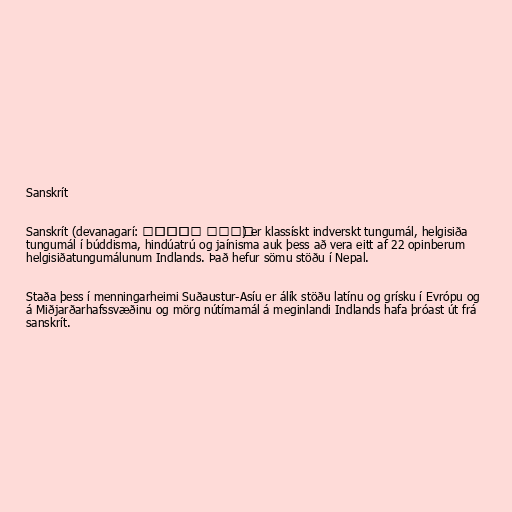
Sanskrít

Sanskrít (devanagarí: संस्कृता वाक्) er klassískt indverskt tungumál, helgisiða
tungumál í búddisma, hindúatrú og jaínisma auk þess að vera eitt af 22 opinberum
helgisiðatungumálunum Indlands. Það hefur sömu stöðu í Nepal.

Staða þess í menningarheimi Suðaustur-Asíu er álík stöðu latínu og grísku í Evrópu og
á Miðjarðarhafssvæðinu og mörg nútímamál á meginlandi Indlands hafa þróast út frá
sanskrít.